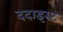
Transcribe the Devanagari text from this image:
ददाइस्ट